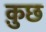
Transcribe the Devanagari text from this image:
क़ुछ